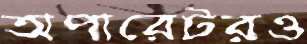
অপারেটরও